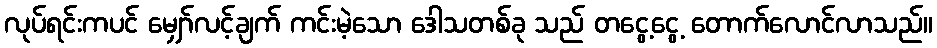
လုပ်ရင်းကပင် မျှော်လင့်ချက် ကင်းမဲ့သော ဒေါသတစ်ခု သည် တငွေ့ငွေ့ တောက်လောင်လာသည်။